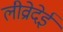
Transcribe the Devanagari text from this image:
लीव्रोदेई